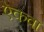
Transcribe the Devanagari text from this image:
ऐकवा